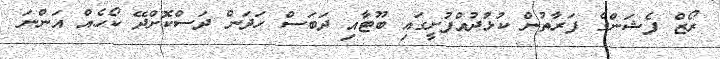
ރޯޒް ފެޝަންގެ ފަރާތުން ކުޅުދުއްފުށީގައި ބޫޓާއި ދަބަސް ހަދަން ދަސްކޮށްދޭ ކޯހެއް އަންނަ